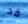
قد